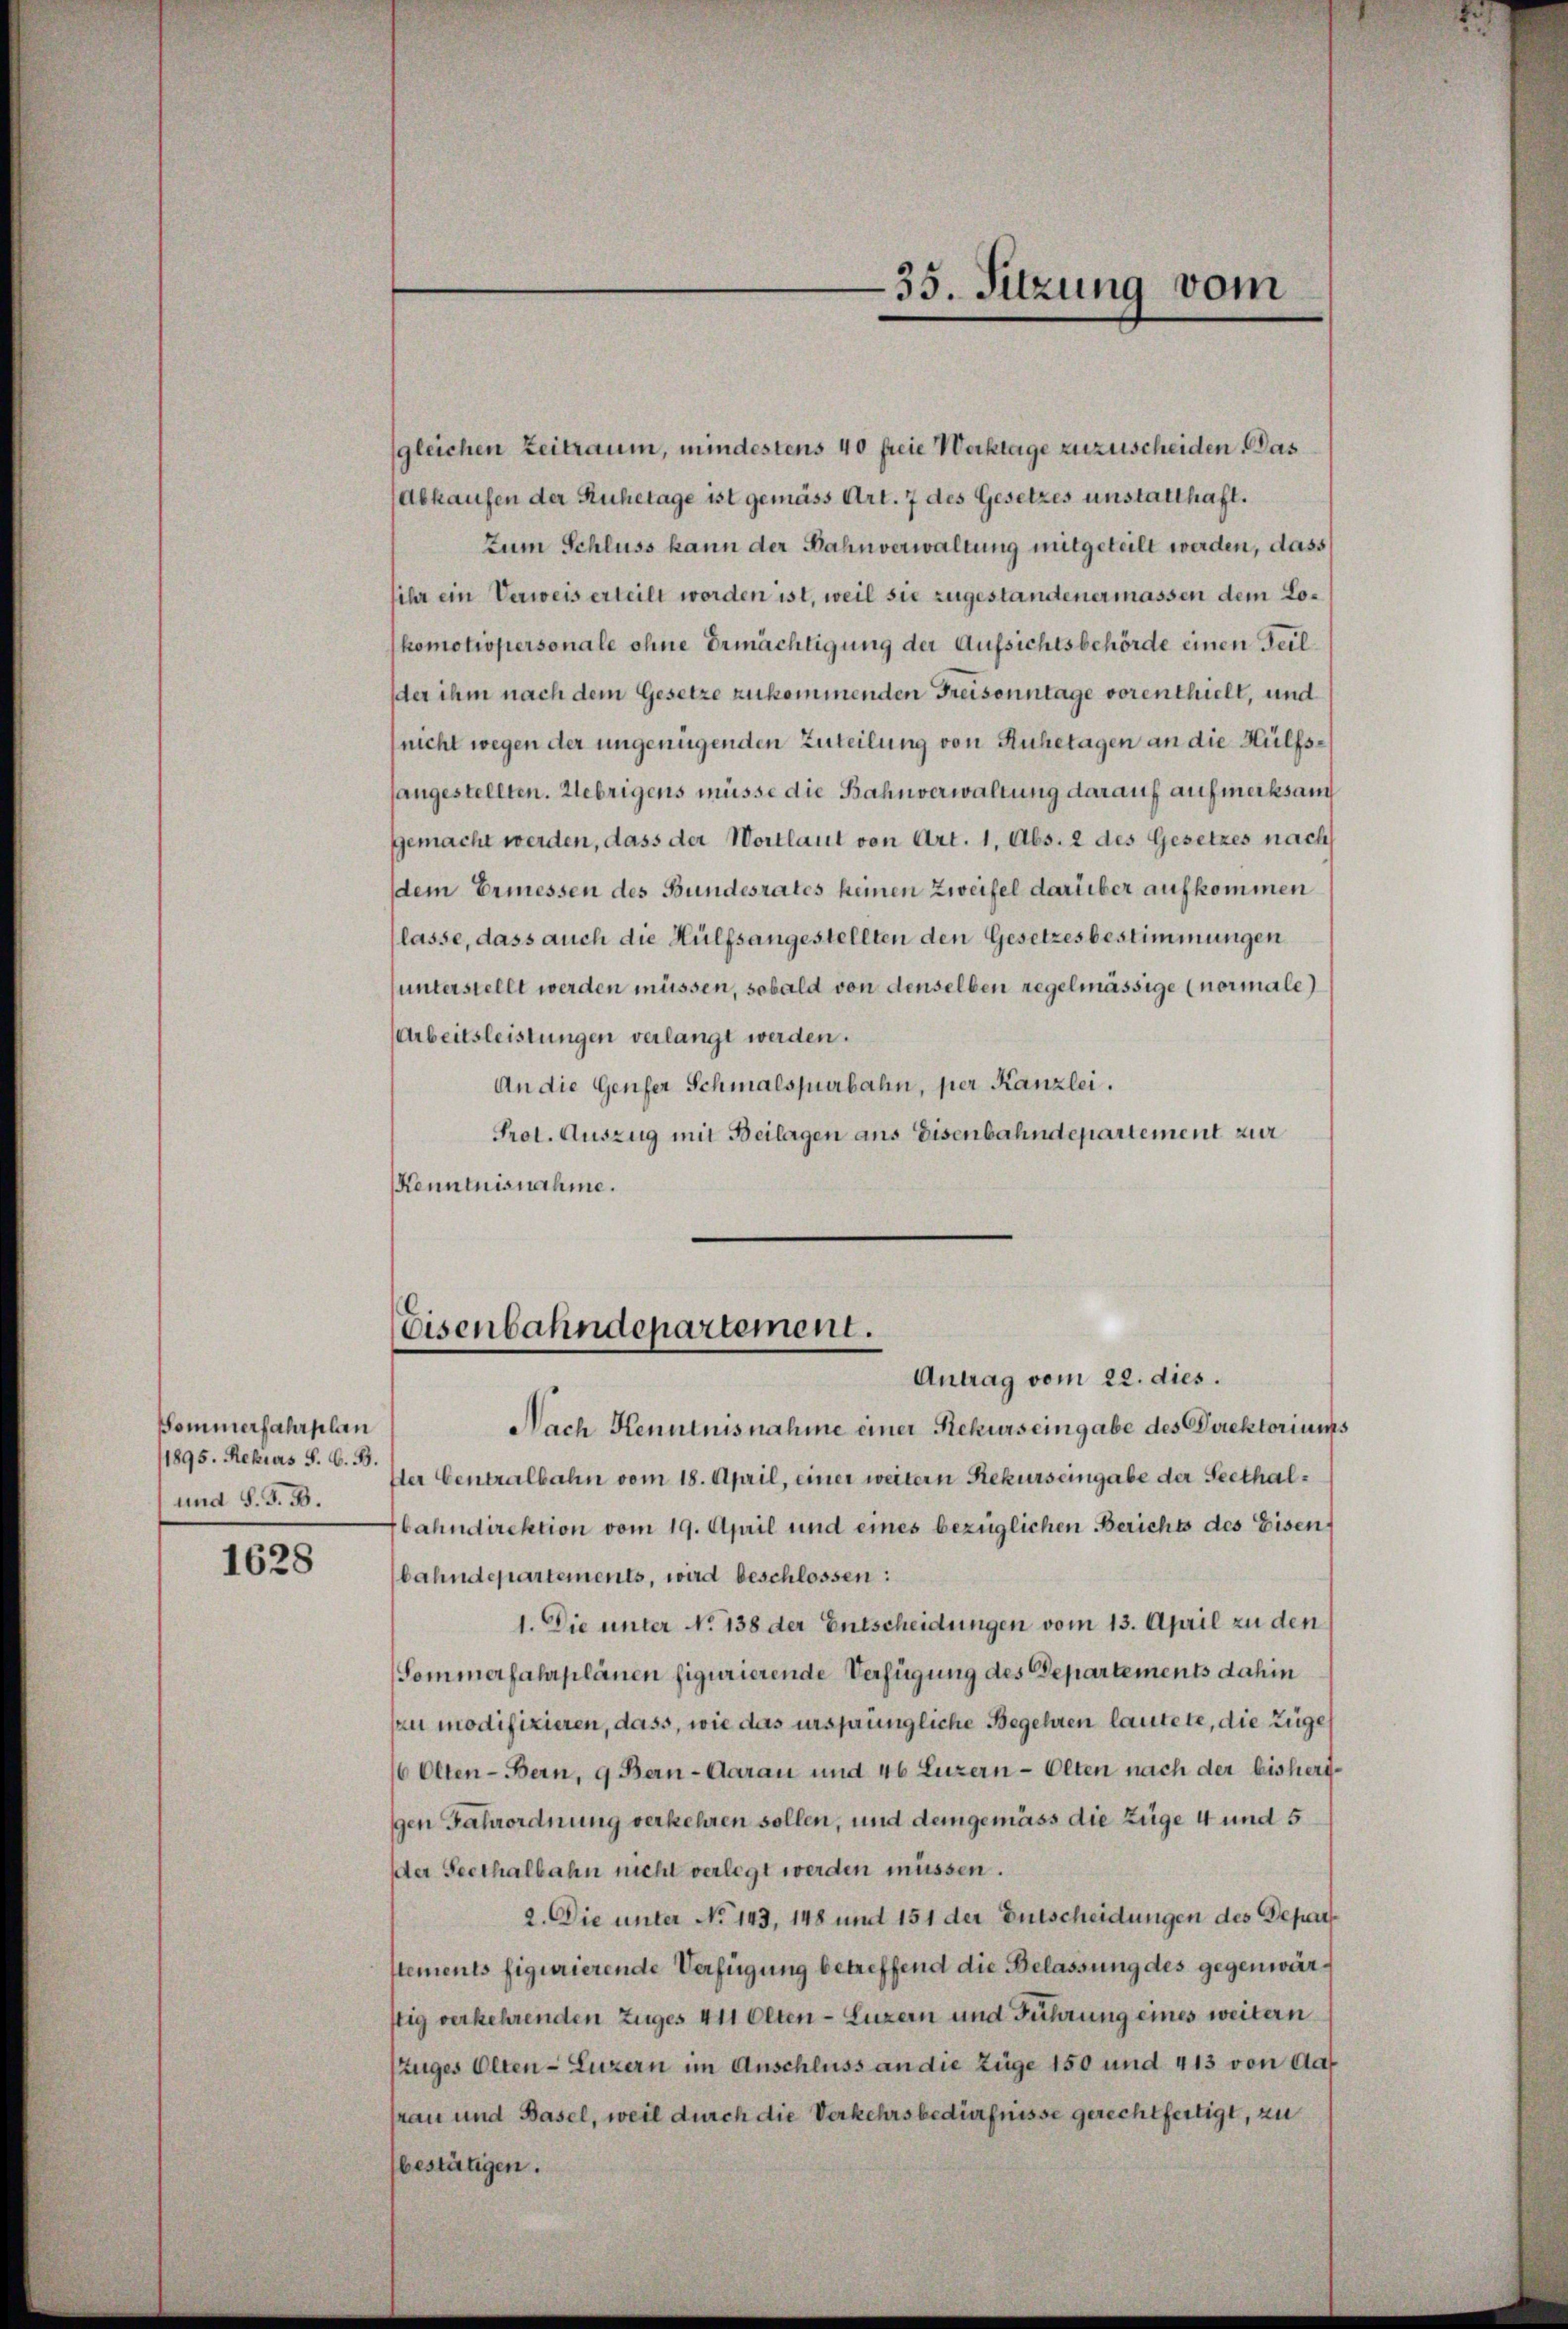
Sommerfahrplan
1895. Rekurs S. C. B.
und S. G. B.

1628

gleichen Zeitraum, mindestens 40 freie Verktage zuzuscheiden. Das
Abkaufen der Ruhetage ist gemäss Art. 7 des Gesetzes unstatthaft.
tum Schluss kann der Bahnverwaltung mitgeteilt werden, dass
ihr ein Verweis erteilt worden ist, weil sie zugestandenermassen dem Lokomotiopersonale ohne Ermächtigung der Aufsichtsbehörde einen Teilder ihm nach dem Gesetze zukommenden Freisonntage vorenthielt, und
snicht wegen der ungenügenden Zuteilung von Ruhetagen an die Hülfsangestellten. Uebrigens müsse die Bahnverwaltung darauf aufmerksam
gemacht werden, dass der Wortlaut von Art. 1, Abs. 2 des Gesetzes nach
dem Ermessen des Bundesrates keinen Zweifel darüber aufkommen
(lasse, dass auch die Hülfsangestellten den Gesetzesbestimmungen
unterstellt werden müssen, sobald von denselben regelmässige (normale)
Arbeitsleistungen verlangt werden.
An die Genfer Schmalspurbahn, per Kanzlei.
Prot. Auszug mit Beilagen ans Eisenbahndepartement zur
Kenntnisnahme.

Nach Kenntnisnahme einer Rekurs eingabe des Direktoriums
der Centralbahn vom 18. April, einer weitern Rekurs eingabe der Seethalbahndirektion vom 19. April und eines bezüglichen Berichts des Eisen
bahndepartements, wird beschlossen:
1. Die unter No 138 der Entscheidungen vom 13. April zu den
(Sommerfahrplänen figurierende Verfügung des Departements dahin
au modifizieren, dass, wie das ursprüngliche Begehren lautete, die Züge,
16 Olten - Bern, 9 Bern-Aarau und 46 Luzern-Olten nach der bisherigen Fahrordnung verkehren sollen, und demgemäss die Züge 4 und 5
der Seethalbahn nicht verlegt werden müssen.
2. Die unter No 143, 148 und 151 der Entscheidungen des Deparstements figurierende Verfügung betreffend die Belassung des gegenwärstig verkehrenden Zuges 411 Olten - Luzern und Führung eines weitern
Zuges Olten - Luzern im Anschluss an die Züge 150 und 413 von das
frau und Basel, weil durch die Verkehrsbedürfnisse gerechtfertigt, zu
bestätigen.

35. Sitzung vom

Eisenbahndepartement.
Antrag vom 22. dies.